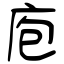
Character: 庖